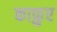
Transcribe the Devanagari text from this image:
काफ़ुए